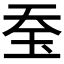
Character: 𤤋